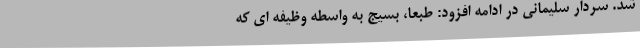
شد. سردار سلیمانی در ادامه افزود: طبعا، بسیج به واسطه وظیفه ای که